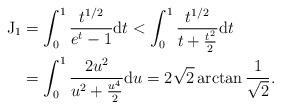
LaTeX: \begin{align*}\mathrm{J}_1&=\int_0^1 \frac{t^{1/2}}{e^t-1} \mathrm{d} t < \int_0^1 \frac{t^{1/2}}{t+\frac{t^2}{2}} \mathrm{d} t \\&=\int_0^1 \frac{2u^2}{u^2+\frac{u^4}{2}} \mathrm{d} u=2\sqrt{2} \arctan \frac{1}{\sqrt{2}}.\end{align*}